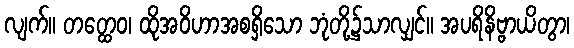
လျက်။ တတ္ထေဝ၊ ထိုအဝိဟာအစရှိသော ဘုံတို့၌သာလျှင်။ အပရိနိဗ္ဗာယိတွာ၊